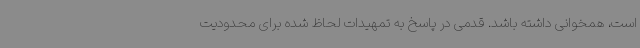
است، همخوانی داشته باشد. قدمی در پاسخ به تمهیدات لحاظ شده برای محدودیت